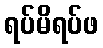
ရပ်မိရပ်ဖ